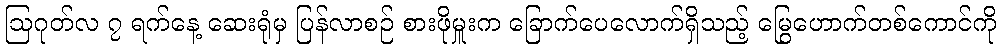
ဩဂုတ်လ ၇ ရက်နေ့ ဆေးရုံမှ ပြန်လာစဉ် စားဖိုမှူးက ခြောက်ပေလောက်ရှိသည့် မြွေဟောက်တစ်ကောင်ကို